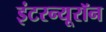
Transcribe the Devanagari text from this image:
इंटरन्यूरॉन